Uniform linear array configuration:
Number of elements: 64
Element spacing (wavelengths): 0.75
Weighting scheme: blackman
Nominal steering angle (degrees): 45
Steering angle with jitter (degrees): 44.002
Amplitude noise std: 0.05
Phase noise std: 0.05

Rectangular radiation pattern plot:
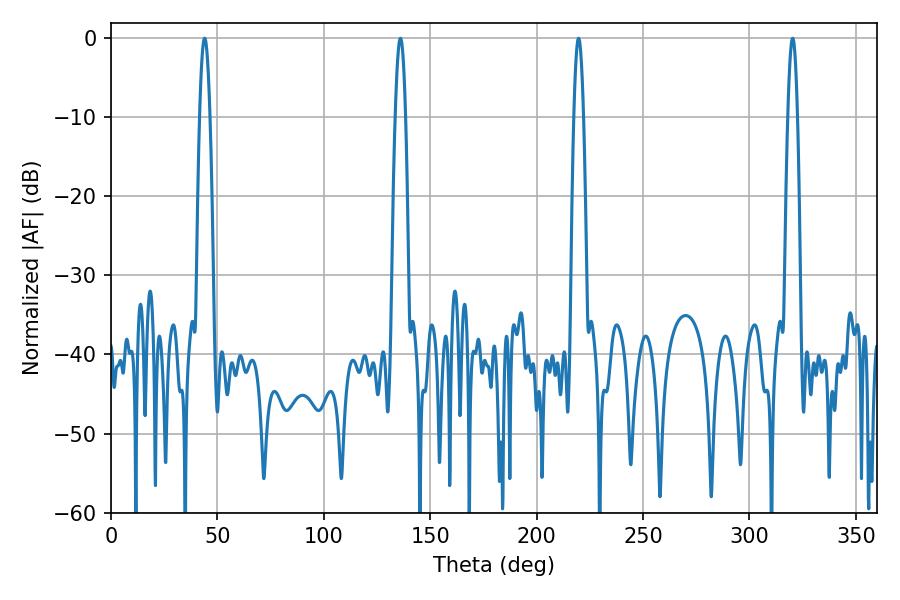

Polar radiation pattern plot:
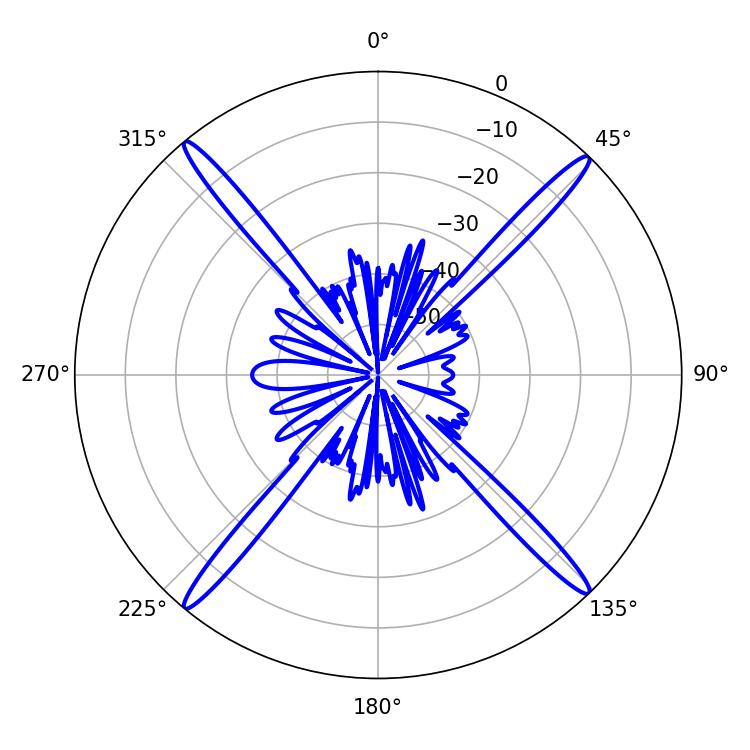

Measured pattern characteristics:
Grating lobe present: TRUE
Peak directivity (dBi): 23.062
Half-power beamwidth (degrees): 2.7
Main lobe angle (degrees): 43.92